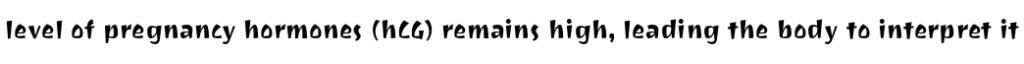
level of pregnancy hormones (hCG) remains high, leading the body to interpret it